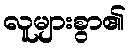
လူများစွာ၏